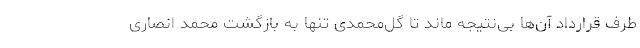
طرف قرارداد آن‌ها بی‌نتیجه ماند تا گل‌محمدی تنها به بازگشت محمد انصاری